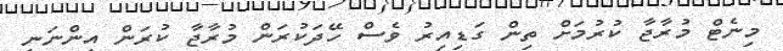
މިނެޓް މުރާޖާ ކުރުމަށް ތިން ގަޑިއިރު ވެސް ހޭދަކުރަން މުރާޖާ ކުރަން އިންނަނީ